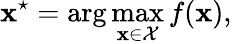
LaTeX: \mathbf{x}^{\star}=\arg\operatorname*{max}_{\mathbf{x}\in\mathcal{X}}f(\mathbf{x}),